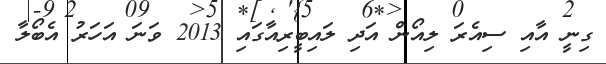
ގިނީ އާއި ސިއެރަ ލިއޯން އަދި ލައިބީރިއާގައި 2013 ވަނަ އަހަރު އެބޯލާ